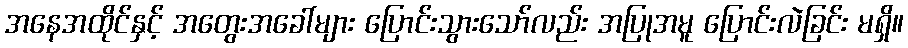
အနေအထိုင်နှင့် အတွေးအခေါ်များ ပြောင်းသွားသော်လည်း အပြုအမူ ပြောင်းလဲခြင်း မရှိ။